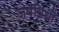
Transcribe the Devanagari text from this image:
जपविधौ